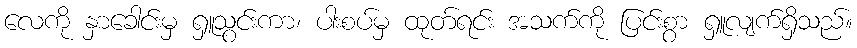
လေကို နှာခေါင်းမှ ရှူသွင်းကာ၊ ပါးစပ်မှ ထုတ်ရင်း အသက်ကို ပြင်းစွာ ရှူလျက်ရှိသည်။